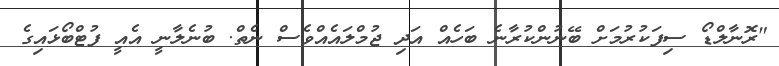
"ރޮނާލްޑޯ ސިފަކުރުމަށް ބޭނުންކުރާނެ ބަހެއް އަދި ޖުމްލައެއްވެސް ނެތް. ބުނެލާނީ އެއީ ފުޓްބޯޅައިގެ